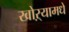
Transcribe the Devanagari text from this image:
खोऱ्यामधे